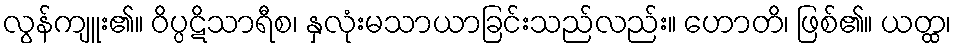
လွန်ကျူး၏။ ဝိပ္ပဋိသာရီစ၊ နှလုံးမသာယာခြင်းသည်လည်း။ ဟောတိ၊ ဖြစ်၏။ ယတ္ထ၊